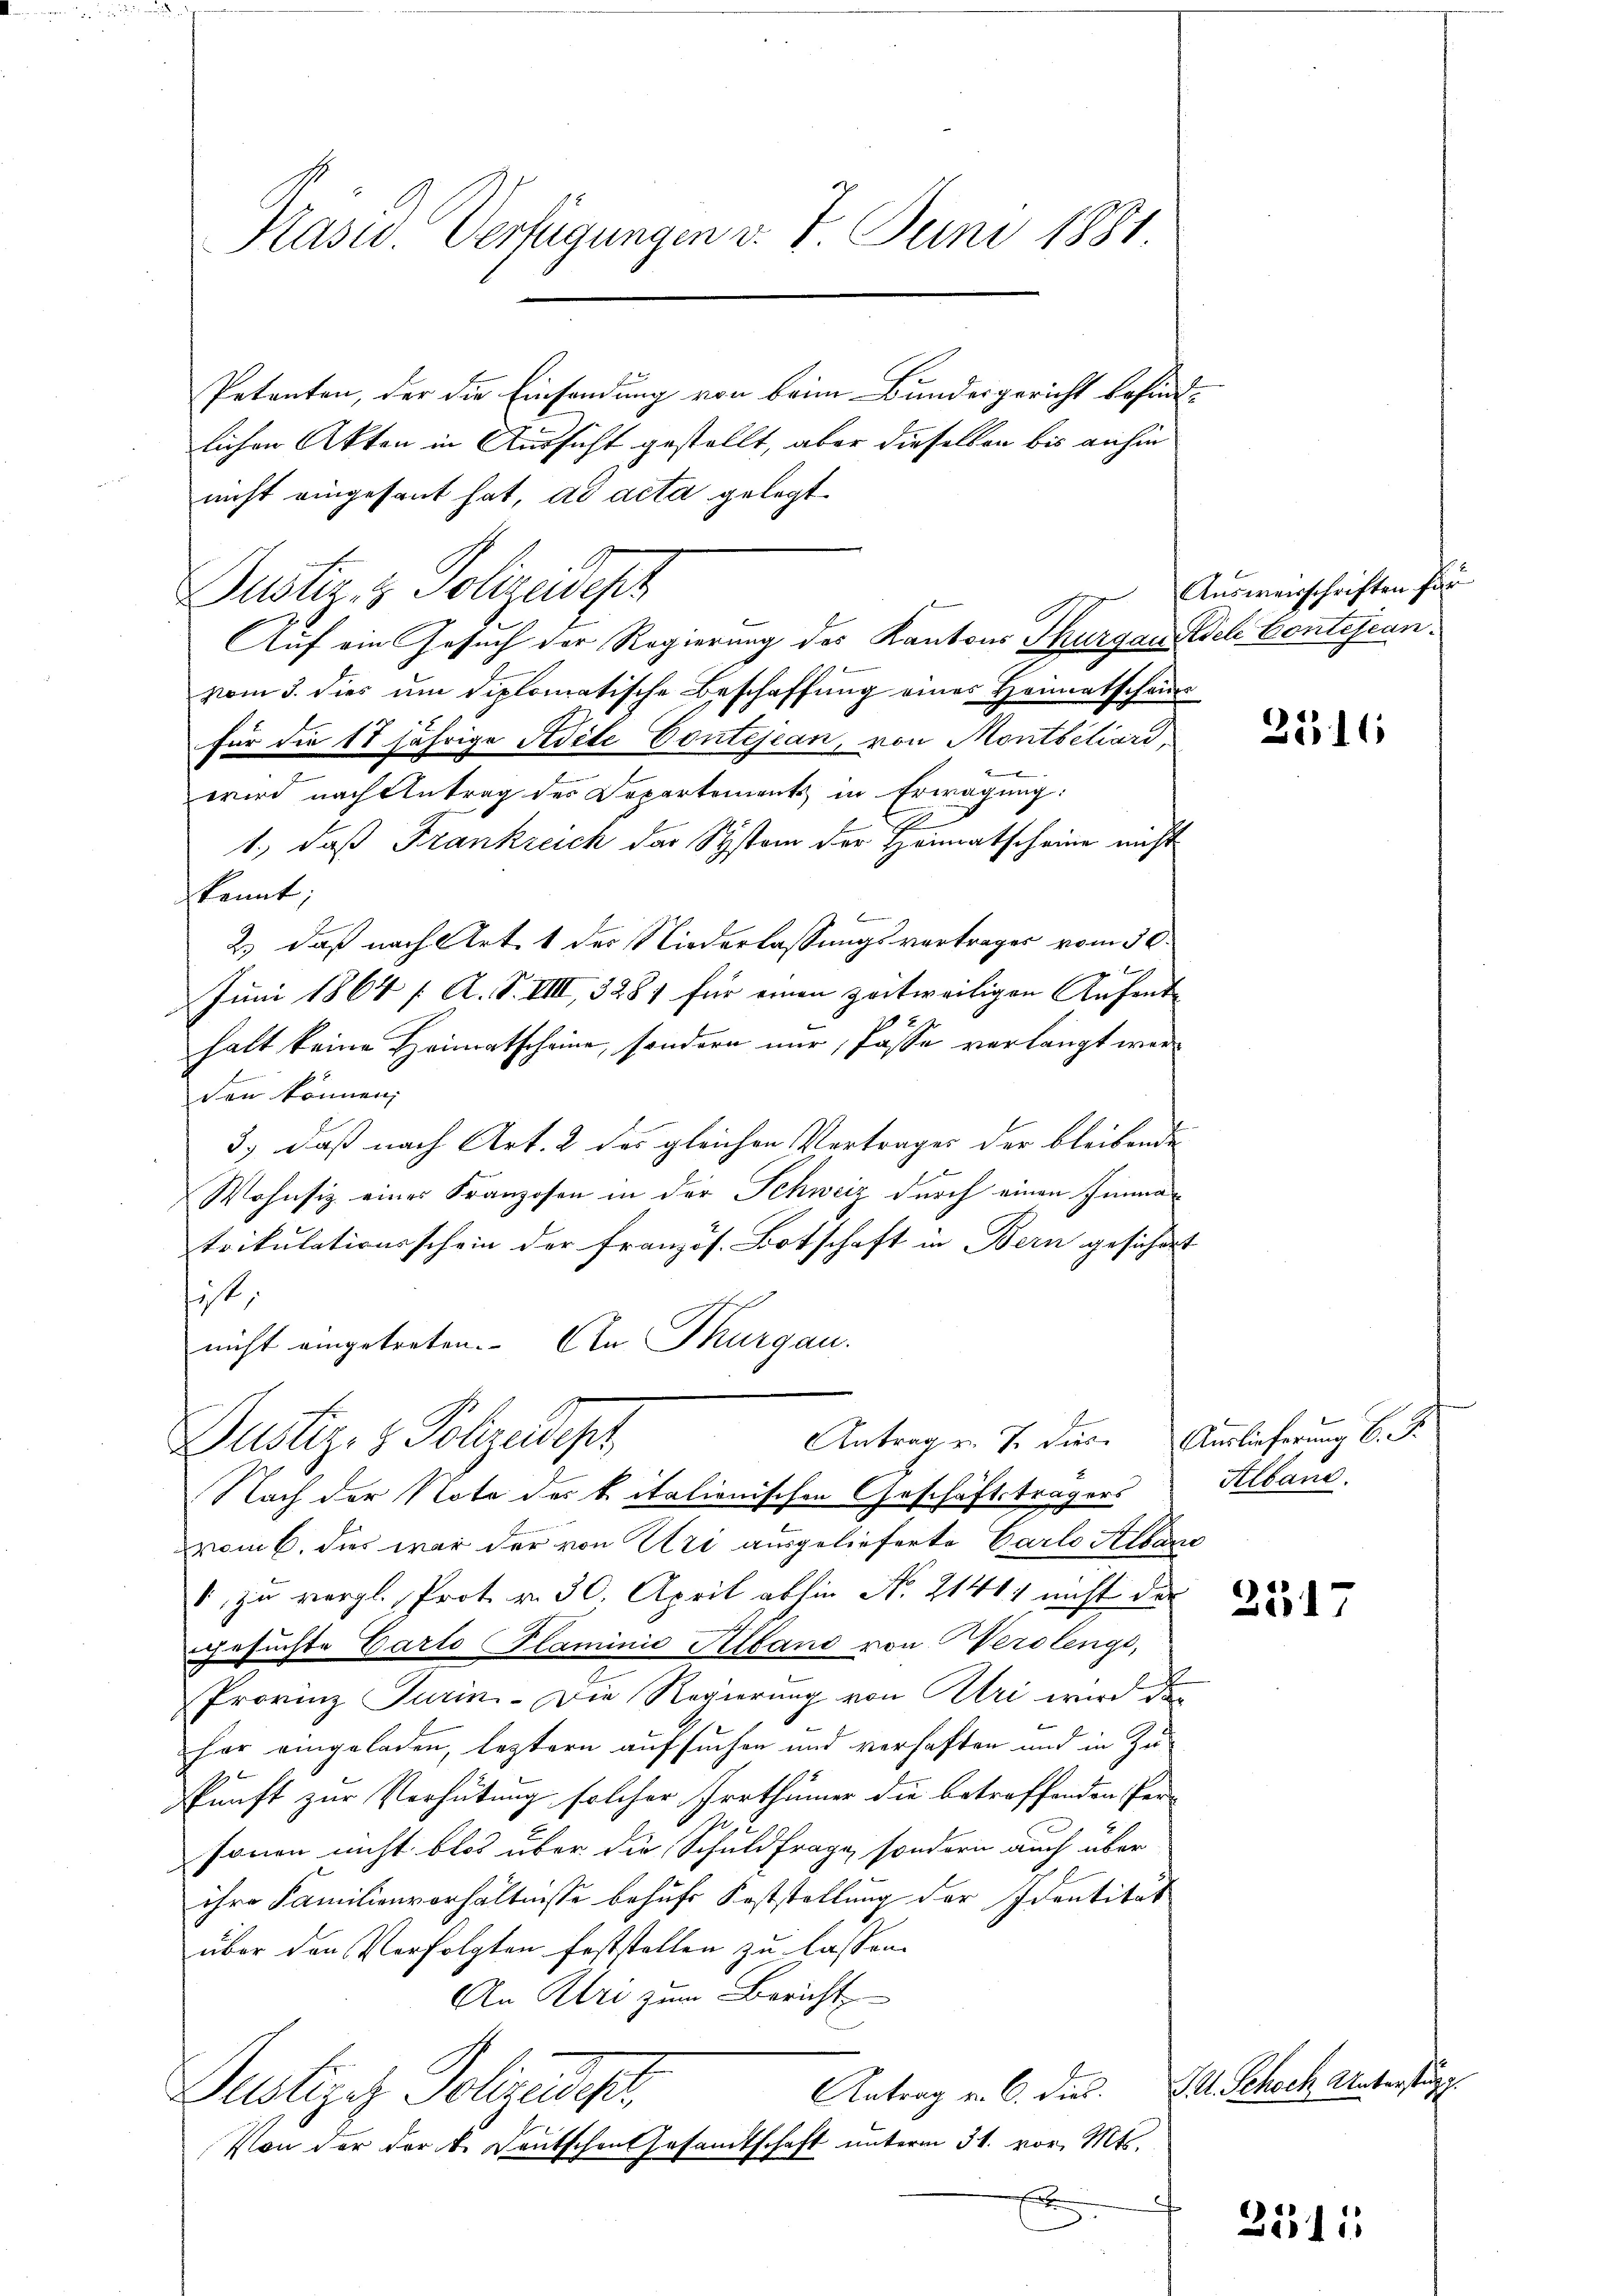
Präsid. Verfügungen v. 7. Juni 1881

Petenten, der die Einsendung von beim Bundesgericht befindlichen Akten in Aussicht gestellt, aber dieselben bis anhin
nicht eingesant hat, ad acta gelegt.
Dustiz & Polizeidept
vom 3. dies um diplomatische Beschaffung eines Heimatschein
für die 18 jährige Adite Contejean, von Montséliard,
wird nach Antrag des Departements in Erwägung:
1., daß Frankreich der System der Heimatscheine nicht
kennt;
2.) daß nach Art. 1 des Niederlassungsvertrages vom 30.
g
Juni 1864 / A. S. VIII, 3281 für einen zeitweiligen Aufenthalt keine Heimatscheine, sondern nur, Pässe verlangt werden können;
3) daß nach Art. 2 des gleichen Vortrages der bleibende
Wohnsiz eines Franzosen in der Schweiz durch einen Immatrikulationsschein der französ. Botschaft in Bern gesichert
ist,
nicht eingetreten. Ein Thurgau.

Antrag v. J. diese Auslieferung 6. S.
Justiz- & Polizeidep

Auf ein Gesuch der Regierung des Kantons Thurganisch Contestan

Nach der Nota der bitationischen Geschäftsträgers
vom 6. dies war der von Uri ausgelieferte Carlo Alban
1 zu vergl. Prot. v. 30. April abhin No. 21417 nicht der
gesuchte Carto Slaminio Alband von Herolenge,
Provinz Turin. - Die Regierung von Uri wird de
her eingeladen, leztern aufsuchen und verhaften und in Zuskunft zur Verhütung solcher Irrthümer die betreffenden Per-
sonen nicht blos über die Schuldfrage, sondern auch über
ihre Familienverhältnisse behufs Feststellung der Identität
über den Verfolgten feststellen zu lassen.
An Alri zum Bericht
Antrag v. 6. dies
Justizes Polizeidigt,
Von der der k. Deutschen Gesamtschaft unterm 31. vor. Mts.
x
f

Ausweisschriften für

2516

Alband.

2517

JM. Schoch Unterstung.

25311